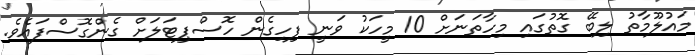
މައުލޫމާތު ލިބޭ ގޮތުގައި މިހާތަނަށް 10 މީހަކު ވަނީ ފިހިގެން ހޮސްޕިޓަލަށް ގެންގޮސްފައެވެ.